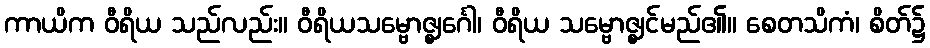
ကာယိက ဝီရိယ သည်လည်း။ ဝီရိယသမ္ဗောဇ္ဈင်္ဂေါ၊ ဝီရိယ သမ္ဗောဇ္ဈင်မည်၏။ စေတသိကံ၊ စိတ်၌